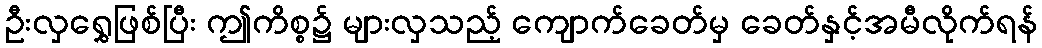
ဦးလှရွှေဖြစ်ပြီး ဤကိစ္စ၌ များလှသည့် ကျောက်ခေတ်မှ ခေတ်နှင့်အမီလိုက်ရန်